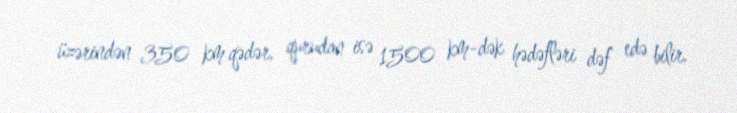
üzərindən 350 km qədər, qurudan isə 1500 km-dək hədəfləri dəf edə bilir.